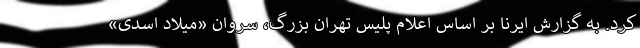
کرد. به گزارش ایرنا بر اساس اعلام پلیس تهران بزرگ، سروان «میلاد اسدی»